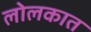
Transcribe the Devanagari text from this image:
लोलकात